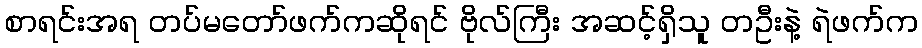
စာရင်းအရ တပ်မတော်ဖက်ကဆိုရင် ဗိုလ်ကြီး အဆင့်ရှိသူ တဦးနဲ့ ရဲဖက်က